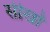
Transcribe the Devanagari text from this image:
सीखों